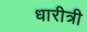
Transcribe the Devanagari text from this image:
धारीत्री